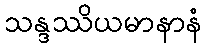
သန္ဒဿိယမာနာနံ